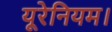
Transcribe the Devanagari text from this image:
यूरेनियम।